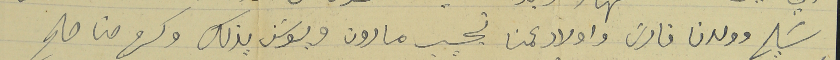
سَليم وولدنا فارسَ واولاد عمنا نجيب مارون ويوسَف يزبك وكرم حنا صالح